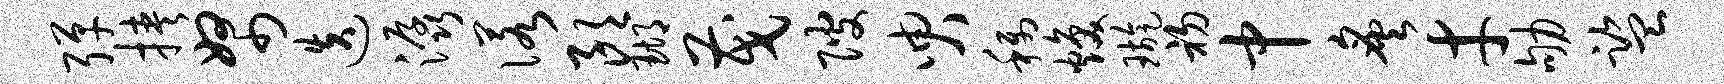
弹挟帑迭潺诺朗瑚茂陂臾称焕璇初中炙才劬监